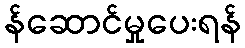
န်ဆောင်မှုပေးရန်